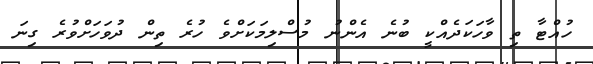
ހުއްޓާ ތި ވާހަކަދެއްކީ ބުނެ އެންނު މުސްލިމަކަށްވެ ހުރެ ތިން ދުވަހަށްވުރެ ގިނަ